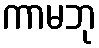
ကာမဘု